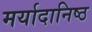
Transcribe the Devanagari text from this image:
मर्यादानिष्ठ